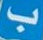
ب